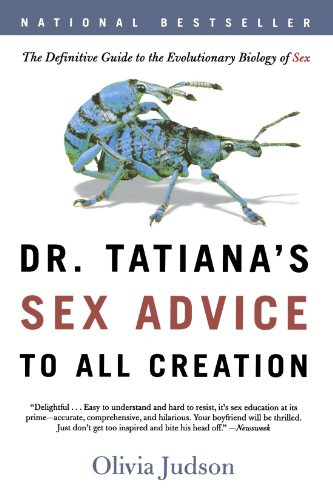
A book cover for Dr. Tatiana's Sex Advice to All Creation: The Definitive Guide to the Evolutionary Biology of Sex; Olivia Judson; Science & Math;